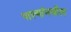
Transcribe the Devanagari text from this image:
पाल्यांमधील